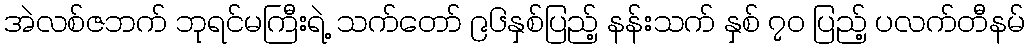
အဲလစ်ဇဘက် ဘုရင်မကြီးရဲ့ သက်တော် ၉၆နှစ်ပြည့် နန်းသက် နှစ် ၇၀ ပြည့် ပလက်တီနမ်